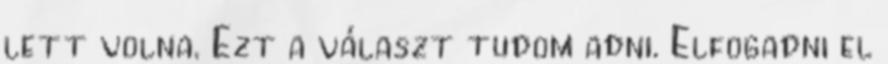
lett volna. Ezt a választ tudom adni. Elfogadni el